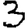
Digit: 3